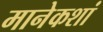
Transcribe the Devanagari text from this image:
मानेकशां